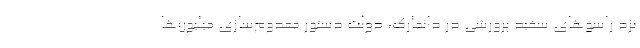
نزد راسوهای سفید پرورشی در دانمارک، دولت دستور معدوم‌سازی میلیون‌ها